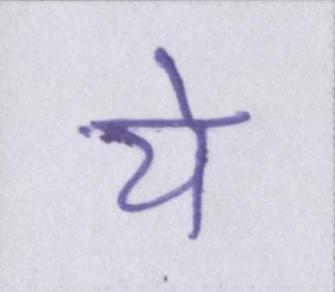
ये